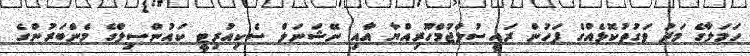
ހަމަލާގެ މަދު ވަގުތުކޮޅެއްގެ ފަހުން ރައީސުލްޖުމްހޫރިއްޔާ އާއި ނޭޝަނަލް ސެކިއުރިޓީ ކައުންސިލްގެ މެންބަރުންގެ